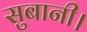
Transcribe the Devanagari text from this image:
सुबानी।